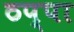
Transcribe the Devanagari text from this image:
ठप्‍पा